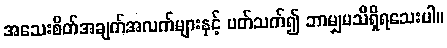
အသေးစိတ်အချက်အလက်များနှင့် ပတ်သက်၍ ဘာမျှမသိရှိရသေးပါ။